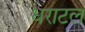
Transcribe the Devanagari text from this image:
धराटल